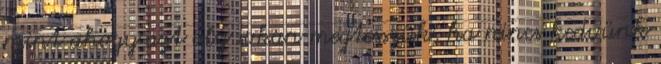
mint ahogy azt oly sokan megtesszük, ha nincs kedvünk